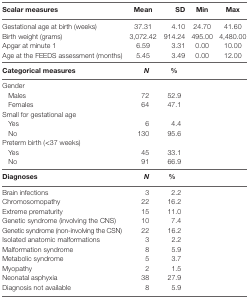
<table><thead><tr><td><b>Scalar measures</b></td><td><b>Mean</b></td><td><b>SD</b></td><td><b>Min</b></td><td><b>Max</b></td></tr></thead><tbody><tr><td>Gestational age at birth (weeks)</td><td>37.31</td><td>4.10</td><td>24.70</td><td>41.60</td></tr><tr><td>Birth weight (grams)</td><td>3,072.42</td><td>914.24</td><td>495.00</td><td>4,480.00</td></tr><tr><td>Apgar at minute 1</td><td>6.59</td><td>3.31</td><td>0.00</td><td>10.00</td></tr><tr><td>Age at the FEEDS assessment (months)</td><td>5.45</td><td>3.49</td><td>0.00</td><td>12.00</td></tr><tr><td><b>Categorical measures</b></td><td><b><i>N</i></b></td><td><b>%</b></td><td>[EMPTY_CELL]</td><td>[EMPTY_CELL]</td></tr><tr><td>Gender</td><td>[EMPTY_CELL]</td><td>[EMPTY_CELL]</td><td>[EMPTY_CELL]</td><td>[EMPTY_CELL]</td></tr><tr><td> Males</td><td>72</td><td>52.9</td><td>[EMPTY_CELL]</td><td>[EMPTY_CELL]</td></tr><tr><td> Females</td><td>64</td><td>47.1</td><td>[EMPTY_CELL]</td><td>[EMPTY_CELL]</td></tr><tr><td>Small for gestational age</td><td>[EMPTY_CELL]</td><td>[EMPTY_CELL]</td><td>[EMPTY_CELL]</td><td>[EMPTY_CELL]</td></tr><tr><td> Yes</td><td>6</td><td>4.4</td><td>[EMPTY_CELL]</td><td>[EMPTY_CELL]</td></tr><tr><td> No</td><td>130</td><td>95.6</td><td>[EMPTY_CELL]</td><td>[EMPTY_CELL]</td></tr><tr><td>Preterm birth (&lt;37 weeks)</td><td>[EMPTY_CELL]</td><td>[EMPTY_CELL]</td><td>[EMPTY_CELL]</td><td>[EMPTY_CELL]</td></tr><tr><td> Yes</td><td>45</td><td>33.1</td><td>[EMPTY_CELL]</td><td>[EMPTY_CELL]</td></tr><tr><td> No</td><td>91</td><td>66.9</td><td>[EMPTY_CELL]</td><td>[EMPTY_CELL]</td></tr><tr><td><b>Diagnoses</b></td><td><b><i>N</i></b></td><td><b>%</b></td><td>[EMPTY_CELL]</td><td>[EMPTY_CELL]</td></tr><tr><td>Brain infections</td><td>3</td><td>2.2</td><td>[EMPTY_CELL]</td><td>[EMPTY_CELL]</td></tr><tr><td>Chromosomopathy</td><td>22</td><td>16.2</td><td>[EMPTY_CELL]</td><td>[EMPTY_CELL]</td></tr><tr><td>Extreme prematurity</td><td>15</td><td>11.0</td><td>[EMPTY_CELL]</td><td>[EMPTY_CELL]</td></tr><tr><td>Genetic syndrome (involving the CNS)</td><td>10</td><td>7.4</td><td>[EMPTY_CELL]</td><td>[EMPTY_CELL]</td></tr><tr><td>Genetic syndrome (non-involving the CSN)</td><td>22</td><td>16.2</td><td>[EMPTY_CELL]</td><td>[EMPTY_CELL]</td></tr><tr><td>Isolated anatomic malformations</td><td>3</td><td>2.2</td><td>[EMPTY_CELL]</td><td>[EMPTY_CELL]</td></tr><tr><td>Malformation syndrome</td><td>8</td><td>5.9</td><td>[EMPTY_CELL]</td><td>[EMPTY_CELL]</td></tr><tr><td>Metabolic syndrome</td><td>5</td><td>3.7</td><td>[EMPTY_CELL]</td><td>[EMPTY_CELL]</td></tr><tr><td>Myopathy</td><td>2</td><td>1.5</td><td>[EMPTY_CELL]</td><td>[EMPTY_CELL]</td></tr><tr><td>Neonatal asphyxia</td><td>38</td><td>27.9</td><td>[EMPTY_CELL]</td><td>[EMPTY_CELL]</td></tr><tr><td>Diagnosis not available</td><td>8</td><td>5.9</td><td>[EMPTY_CELL]</td><td>[EMPTY_CELL]</td></tr></tbody></table>